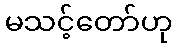
မသင့်တော်ဟု